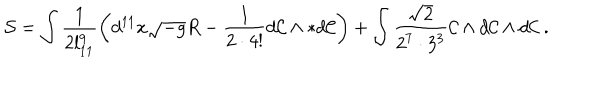
\mathcal { S } = \int \frac { 1 } { 2 l _ { 1 1 } ^ { 9 } } \left( d ^ { 1 1 } x \sqrt { - g } R - \frac { 1 } { 2 \cdot 4 ! } d \mathcal { C } \wedge * d \mathcal { C } \right) + \int \frac { \sqrt { 2 } } { 2 ^ { 7 } \cdot 3 ^ { 3 } } \mathcal { C } \wedge d \mathcal { C } \wedge d \mathcal { C } \ .